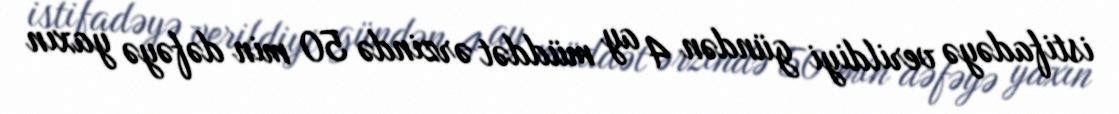
istifadəyə verildiyi gündən 4 ay müddət ərzində 50 min dəfəyə yaxın